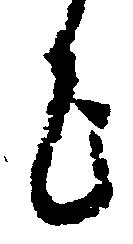
上